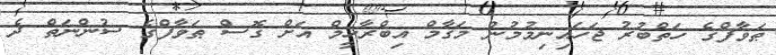
ޠަވާފްގެ ހަތްބުރު ޖަހައިނިމުމުން މަޤާމް އިބްރާހީމް އަށް ގޮސް ޠަވާފްގެ ސުންނަތް ދެ